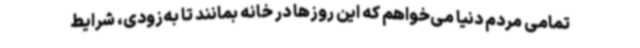
تمامی مردم دنیا می‌خواهم که این روزها در خانه بمانند تا به‌زودی، شرایط